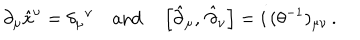
\partial _ { \mu } \hat { x } ^ { \nu } = \delta _ { \mu } { } ^ { \nu } \quad \textrm { a n d } \quad \left[ \hat { \partial } _ { \mu } , \, \hat { \partial } _ { \nu } \right] = i \, ( \theta ^ { - 1 } ) _ { \mu \nu } \, .